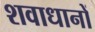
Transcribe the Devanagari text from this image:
शवाधानों